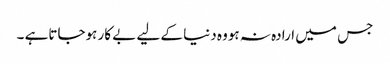
جس میں ارادہ نہ ہووہ دنیا کے لیے بے کار ہوجاتاہے ۔